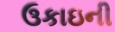
ઉકાઇની